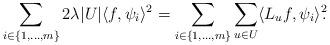
LaTeX: \begin{align*}\sum_{i \in \{ 1, \ldots, m \}} 2 \lambda |U| \langle f, \psi_i \rangle^2 = \sum_{i \in \{ 1, \ldots, m \}} \sum_{u \in U} \langle L_u f, \psi_i \rangle^2\!\!.\end{align*}